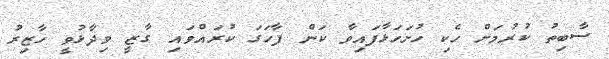
ސާބިތު ކުރުމަށް ހެކި ހުށަހަޅާފައިވާ ކަން ފާހަގަ ކުރައްވައި ގާޒީ ވިދާޅުވީ ހާޒިރު